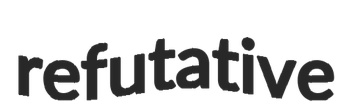
refutative